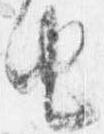
由